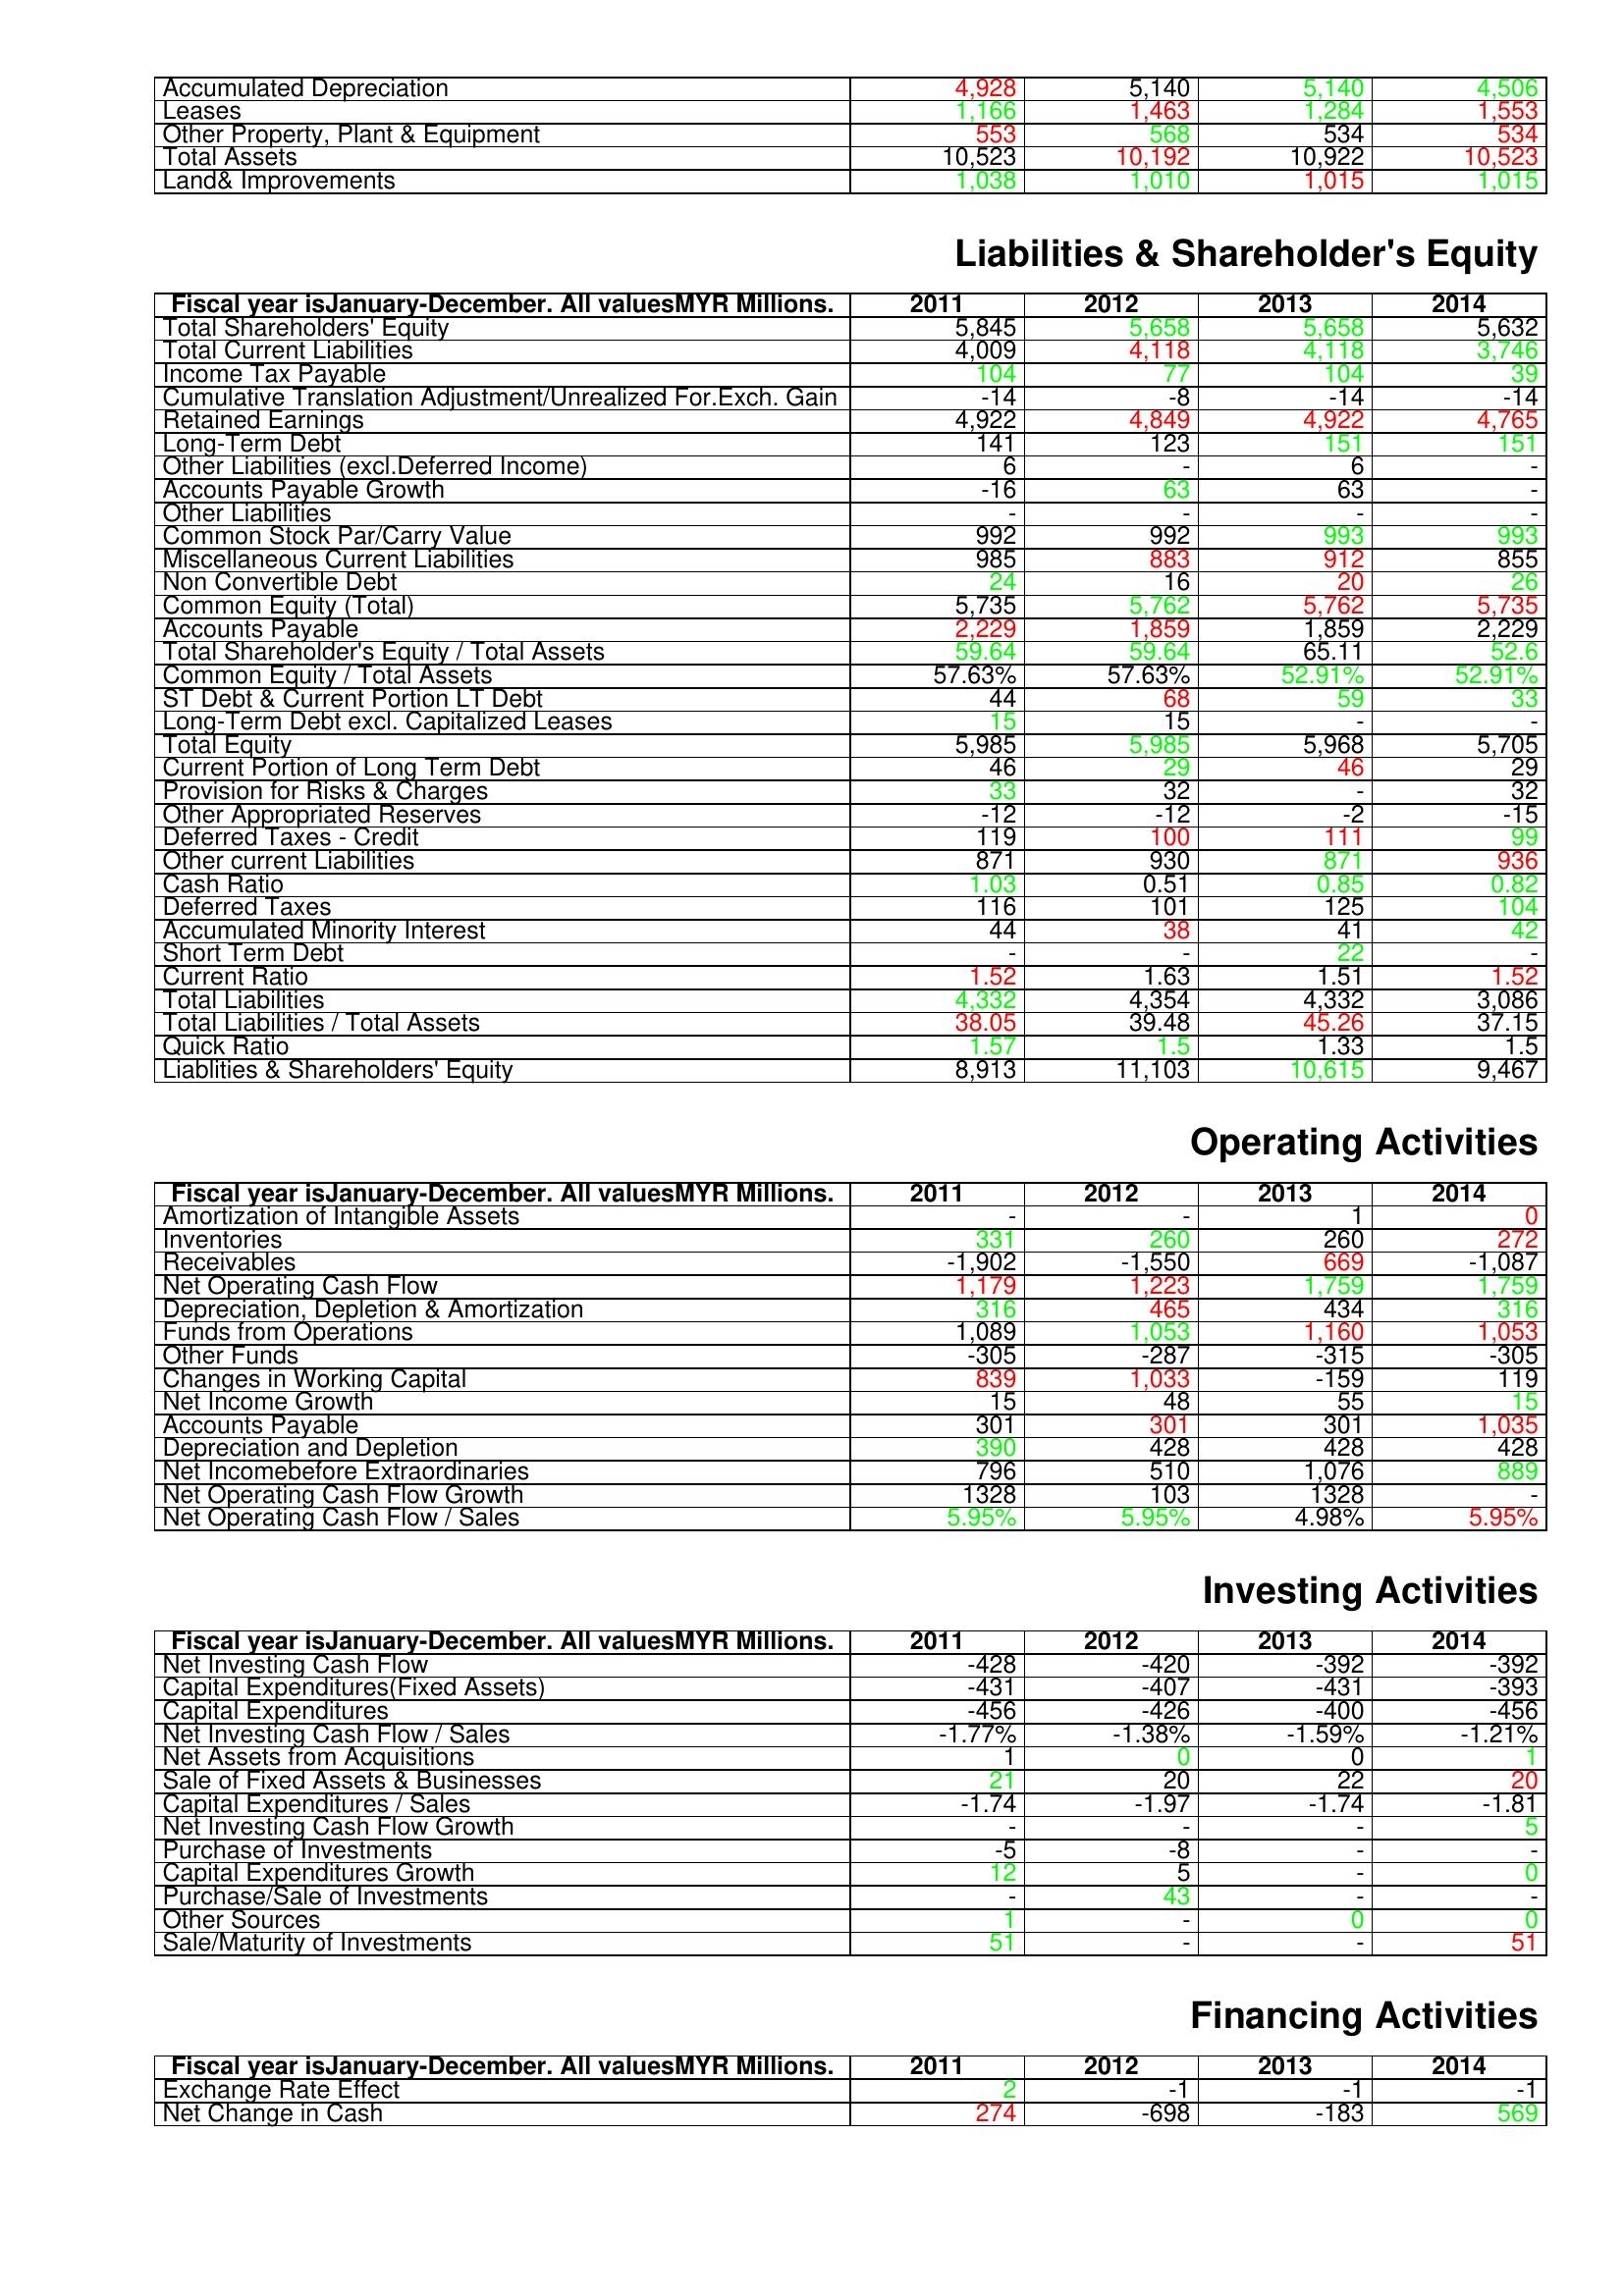
gt_parse: 2011: Assets: Accumulated Depreciation: 4,928
Leases: 1,166
Other Property, Plant & Equipment: 553
Total Assets: 10,523
Land& Improvements: 1,038
Liabilities & Shareholder's Equity: Total Shareholders' Equity: 5,845
Total Current Liabilities: 4,009
Income Tax Payable: 104
Cumulative Translation Adjustment/Unrealized For.Exch. Gain: -14
Retained Earnings: 4,922
Long-Term Debt: 141
Other Liabilities (excl.Deferred Income): 6
Accounts Payable Growth: -16
Other Liabilities: -
Common Stock Par/Carry Value: 992
Miscellaneous Current Liabilities: 985
Non Convertible Debt: 24
Common Equity (Total): 5,735
Accounts Payable: 2,229
Total Shareholder's Equity / Total Assets: 59.64
Common Equity / Total Assets: 57.63%
ST Debt & Current Portion LT Debt: 44
Long-Term Debt excl. Capitalized Leases: 15
Total Equity: 5,985
Current Portion of Long Term Debt: 46
Provision for Risks & Charges: 33
Other Appropriated Reserves: -12
Deferred Taxes - Credit: 119
Other current Liabilities: 871
Cash Ratio: 1.03
Deferred Taxes: 116
Accumulated Minority Interest: 44
Short Term Debt: -
Current Ratio: 1.52
Total Liabilities: 4,332
Total Liabilities / Total Assets: 38.05
Quick Ratio: 1.57
Liablities & Shareholders' Equity: 8,913
Operating Activities: Amortization of Intangible Assets: -
Inventories: 331
Receivables: -1,902
Net Operating Cash Flow: 1,179
Depreciation, Depletion & Amortization: 316
Funds from Operations: 1,089
Other Funds: -305
Changes in Working Capital: 839
Net Income Growth: 15
Accounts Payable: 301
Depreciation and Depletion: 390
Net Incomebefore Extraordinaries: 796
Net Operating Cash Flow Growth: 1328
Net Operating Cash Flow / Sales: 5.95%
Investing Activities: Net Investing Cash Flow: -428
Capital Expenditures(Fixed Assets): -431
Capital Expenditures: -456
Net Investing Cash Flow / Sales: -1.77%
Net Assets from Acquisitions: 1
Sale of Fixed Assets & Businesses: 21
Capital Expenditures / Sales: -1.74
Net Investing Cash Flow Growth: -
Purchase of Investments: -5
Capital Expenditures Growth: 12
Purchase/Sale of Investments: -
Other Sources: 1
Sale/Maturity of Investments: 51
Financing Activities: Exchange Rate Effect: 2
Net Change in Cash: 274
2012: Assets: Accumulated Depreciation: 5,140
Leases: 1,463
Other Property, Plant & Equipment: 568
Total Assets: 10,192
Land& Improvements: 1,010
Liabilities & Shareholder's Equity: Total Shareholders' Equity: 5,658
Total Current Liabilities: 4,118
Income Tax Payable: 77
Cumulative Translation Adjustment/Unrealized For.Exch. Gain: -8
Retained Earnings: 4,849
Long-Term Debt: 123
Other Liabilities (excl.Deferred Income): -
Accounts Payable Growth: 63
Other Liabilities: -
Common Stock Par/Carry Value: 992
Miscellaneous Current Liabilities: 883
Non Convertible Debt: 16
Common Equity (Total): 5,762
Accounts Payable: 1,859
Total Shareholder's Equity / Total Assets: 59.64
Common Equity / Total Assets: 57.63%
ST Debt & Current Portion LT Debt: 68
Long-Term Debt excl. Capitalized Leases: 15
Total Equity: 5,985
Current Portion of Long Term Debt: 29
Provision for Risks & Charges: 32
Other Appropriated Reserves: -12
Deferred Taxes - Credit: 100
Other current Liabilities: 930
Cash Ratio: 0.51
Deferred Taxes: 101
Accumulated Minority Interest: 38
Short Term Debt: -
Current Ratio: 1.63
Total Liabilities: 4,354
Total Liabilities / Total Assets: 39.48
Quick Ratio: 1.5
Liablities & Shareholders' Equity: 11,103
Operating Activities: Amortization of Intangible Assets: -
Inventories: 260
Receivables: -1,550
Net Operating Cash Flow: 1,223
Depreciation, Depletion & Amortization: 465
Funds from Operations: 1,053
Other Funds: -287
Changes in Working Capital: 1,033
Net Income Growth: 48
Accounts Payable: 301
Depreciation and Depletion: 428
Net Incomebefore Extraordinaries: 510
Net Operating Cash Flow Growth: 103
Net Operating Cash Flow / Sales: 5.95%
Investing Activities: Net Investing Cash Flow: -420
Capital Expenditures(Fixed Assets): -407
Capital Expenditures: -426
Net Investing Cash Flow / Sales: -1.38%
Net Assets from Acquisitions: 0
Sale of Fixed Assets & Businesses: 20
Capital Expenditures / Sales: -1.97
Net Investing Cash Flow Growth: -
Purchase of Investments: -8
Capital Expenditures Growth: 5
Purchase/Sale of Investments: 43
Other Sources: -
Sale/Maturity of Investments: -
Financing Activities: Exchange Rate Effect: -1
Net Change in Cash: -698
2013: Assets: Accumulated Depreciation: 5,140
Leases: 1,284
Other Property, Plant & Equipment: 534
Total Assets: 10,922
Land& Improvements: 1,015
Liabilities & Shareholder's Equity: Total Shareholders' Equity: 5,658
Total Current Liabilities: 4,118
Income Tax Payable: 104
Cumulative Translation Adjustment/Unrealized For.Exch. Gain: -14
Retained Earnings: 4,922
Long-Term Debt: 151
Other Liabilities (excl.Deferred Income): 6
Accounts Payable Growth: 63
Other Liabilities: -
Common Stock Par/Carry Value: 993
Miscellaneous Current Liabilities: 912
Non Convertible Debt: 20
Common Equity (Total): 5,762
Accounts Payable: 1,859
Total Shareholder's Equity / Total Assets: 65.11
Common Equity / Total Assets: 52.91%
ST Debt & Current Portion LT Debt: 59
Long-Term Debt excl. Capitalized Leases: -
Total Equity: 5,968
Current Portion of Long Term Debt: 46
Provision for Risks & Charges: -
Other Appropriated Reserves: -2
Deferred Taxes - Credit: 111
Other current Liabilities: 871
Cash Ratio: 0.85
Deferred Taxes: 125
Accumulated Minority Interest: 41
Short Term Debt: 22
Current Ratio: 1.51
Total Liabilities: 4,332
Total Liabilities / Total Assets: 45.26
Quick Ratio: 1.33
Liablities & Shareholders' Equity: 10,615
Operating Activities: Amortization of Intangible Assets: 1
Inventories: 260
Receivables: 669
Net Operating Cash Flow: 1,759
Depreciation, Depletion & Amortization: 434
Funds from Operations: 1,160
Other Funds: -315
Changes in Working Capital: -159
Net Income Growth: 55
Accounts Payable: 301
Depreciation and Depletion: 428
Net Incomebefore Extraordinaries: 1,076
Net Operating Cash Flow Growth: 1328
Net Operating Cash Flow / Sales: 4.98%
Investing Activities: Net Investing Cash Flow: -392
Capital Expenditures(Fixed Assets): -431
Capital Expenditures: -400
Net Investing Cash Flow / Sales: -1.59%
Net Assets from Acquisitions: 0
Sale of Fixed Assets & Businesses: 22
Capital Expenditures / Sales: -1.74
Net Investing Cash Flow Growth: -
Purchase of Investments: -
Capital Expenditures Growth: -
Purchase/Sale of Investments: -
Other Sources: 0
Sale/Maturity of Investments: -
Financing Activities: Exchange Rate Effect: -1
Net Change in Cash: -183
2014: Assets: Accumulated Depreciation: 4,506
Leases: 1,553
Other Property, Plant & Equipment: 534
Total Assets: 10,523
Land& Improvements: 1,015
Liabilities & Shareholder's Equity: Total Shareholders' Equity: 5,632
Total Current Liabilities: 3,746
Income Tax Payable: 39
Cumulative Translation Adjustment/Unrealized For.Exch. Gain: -14
Retained Earnings: 4,765
Long-Term Debt: 151
Other Liabilities (excl.Deferred Income): -
Accounts Payable Growth: -
Other Liabilities: -
Common Stock Par/Carry Value: 993
Miscellaneous Current Liabilities: 855
Non Convertible Debt: 26
Common Equity (Total): 5,735
Accounts Payable: 2,229
Total Shareholder's Equity / Total Assets: 52.6
Common Equity / Total Assets: 52.91%
ST Debt & Current Portion LT Debt: 33
Long-Term Debt excl. Capitalized Leases: -
Total Equity: 5,705
Current Portion of Long Term Debt: 29
Provision for Risks & Charges: 32
Other Appropriated Reserves: -15
Deferred Taxes - Credit: 99
Other current Liabilities: 936
Cash Ratio: 0.82
Deferred Taxes: 104
Accumulated Minority Interest: 42
Short Term Debt: -
Current Ratio: 1.52
Total Liabilities: 3,086
Total Liabilities / Total Assets: 37.15
Quick Ratio: 1.5
Liablities & Shareholders' Equity: 9,467
Operating Activities: Amortization of Intangible Assets: 0
Inventories: 272
Receivables: -1,087
Net Operating Cash Flow: 1,759
Depreciation, Depletion & Amortization: 316
Funds from Operations: 1,053
Other Funds: -305
Changes in Working Capital: 119
Net Income Growth: 15
Accounts Payable: 1,035
Depreciation and Depletion: 428
Net Incomebefore Extraordinaries: 889
Net Operating Cash Flow Growth: -
Net Operating Cash Flow / Sales: 5.95%
Investing Activities: Net Investing Cash Flow: -392
Capital Expenditures(Fixed Assets): -393
Capital Expenditures: -456
Net Investing Cash Flow / Sales: -1.21%
Net Assets from Acquisitions: 1
Sale of Fixed Assets & Businesses: 20
Capital Expenditures / Sales: -1.81
Net Investing Cash Flow Growth: 5
Purchase of Investments: -
Capital Expenditures Growth: 0
Purchase/Sale of Investments: -
Other Sources: 0
Sale/Maturity of Investments: 51
Financing Activities: Exchange Rate Effect: -1
Net Change in Cash: 569